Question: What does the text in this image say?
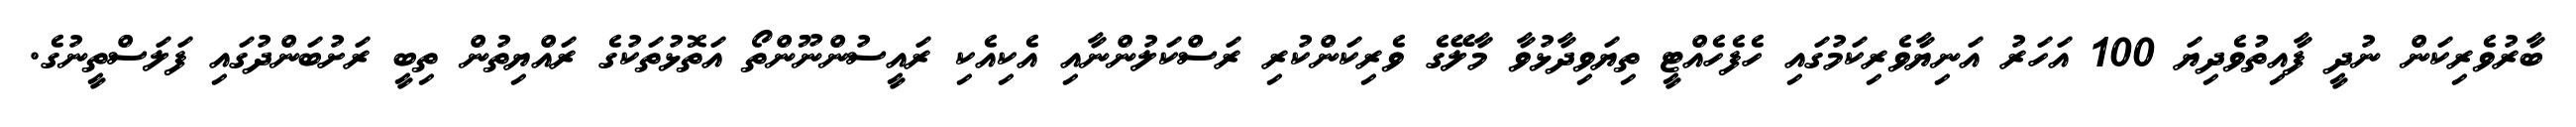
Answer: ބާރުވެރިކަން ނުދީ ފާއިތުވެދިޔަ 100 އަހަރު އަނިޔާވެރިކަމުގައި ހެފެހެއްޓީ ތިޔަވިދާޅުވާ މާލޭގެ ވެރިކަންކުރި ރަސްކަލުންނާއި އެކިއެކި ރައީސުންނޫންތޯ އަތޮޅުތަކުގެ ރައްޔިތުން ތިބީ ރަށުބަންދުގައި ފަލަސްތީނުގެ.